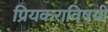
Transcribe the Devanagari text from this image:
प्रियकराविषयी